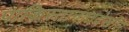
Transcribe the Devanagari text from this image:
पाकिस्तानातदेखील